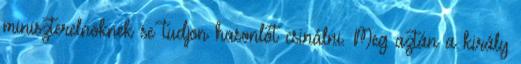
miniszterelnöknek se tudjon hasonlót csinálni. Meg aztán a király